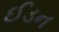
ઈડન